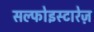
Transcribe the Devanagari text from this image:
सल्फोइस्टारेज़